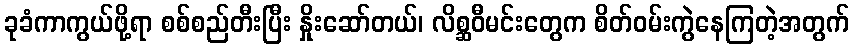
ခုခံကာကွယ်ဖို့ရာ စစ်စည်တီးပြီး နှိုးဆော်တယ်၊ လိစ္ဆဝီမင်းတွေက စိတ်ဝမ်းကွဲနေကြတဲ့အတွက်